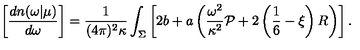
\left[ { \frac { d n ( \omega | \mu ) } { d \omega } } \right] = { \frac { 1 } { ( 4 \pi ) ^ { 2 } \kappa } } \int _ { \Sigma } \left[ 2 b + a \left( { \frac { \omega ^ { 2 } } { \kappa ^ { 2 } } } { \cal P } + 2 \left( \frac 1 6 - \xi \right) R \right) \right] .